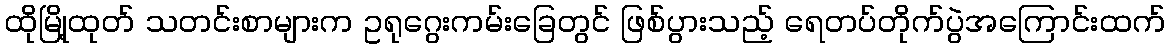
ထိုမြို့ထုတ် သတင်းစာများက ဥရုဂွေးကမ်းခြေတွင် ဖြစ်ပွားသည့် ရေတပ်တိုက်ပွဲအကြောင်းထက်